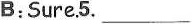
B:Sure.5. ___